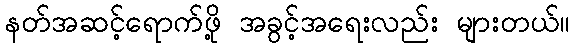
နတ်အဆင့်ရောက်ဖို့ အခွင့်အရေးလည်း များတယ်။